Annual vaccination report of Bihar and Orissa - 1911-1928
Year: 1911
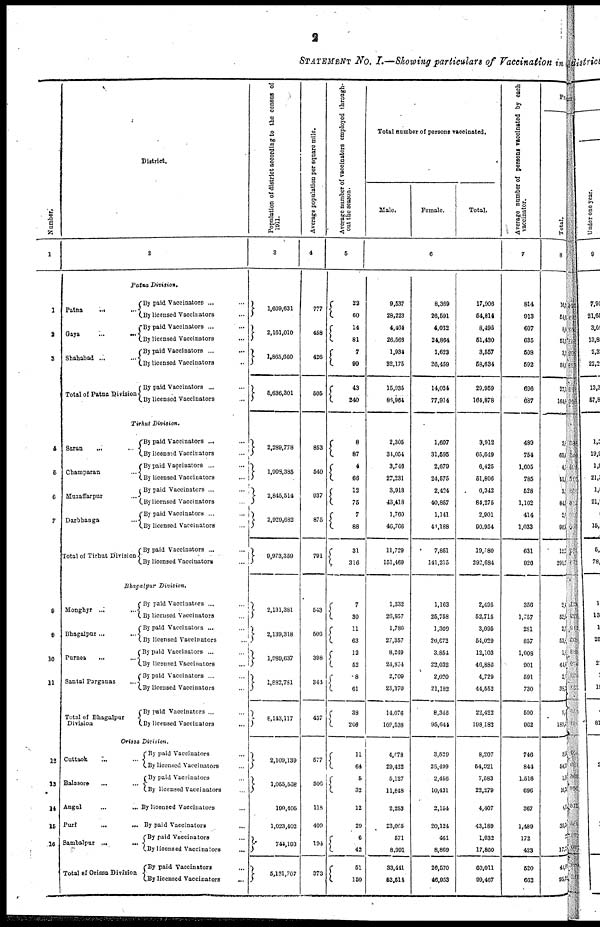
2
STATEMENT No. I.—Showing particulars of Vaccination in
Number.
1
1
2
3
4
5
6
7
8
9
10
11
12
13
14
15
16
District.
2
Patna Division.
Patna
...
...
Gaya
...
...
Shahabad ...
...
Total of Patna Division
By paid Vaccinators ...
By licensed Vaccinators ...
By paid Vaccinators ...
By licensed Vaccinators ...
By paid Vaccinators ... ...
By licensed Vaccinators ...
By paid Vaccinators ... ...
By licensed Vaccinators ...
Tirhut Division.
Saran
... ...
Champaran
...
Muzaffarpur ...
Darbhanga ...
Total of Tirhut Division
By paid Vaccinators ... ...
By licensed Vaccinators ...
By paid Vaccinators ... ...
By licensed Vaccinators ...
By paid Vaccinators ... ...
By licensed Vaccinators ...
By paid Vaccinators ... ...
By licensed Vaccinators ...
By paid Vaccinators ... ...
By licensed Vaccinators ...
Bhagalpur Division.
Monghyr ...
...
Bhagalpur ... ...
Purnea
... ...
Santal Parganas ...
Total of Bhagalpur
Division
By paid Vaccinators ...
By licensed Vaccinators ...
By paid Vaccinators ... ...
By licensed Vaccinators ...
By paid Vaccinators ... ...
By licensed Vaccinators ...
By paid Vaccinators ... ...
By licensed Vaccinators ...
By paid Vaccinators ... ...
By licensed Vaccinators ...
Orissa Division.
Cuttack ... ...
Balasore ... ...
Angul
...
...
Puri ... ...
Sambalpur ... ...
Total of Orissa Division
By paid Vaccinators ...
By licensed Vaccinators ...
By paid Vaccinators ...
By licensed Vaccinators ...
By licensed Vaccinators ...
By paid Vaccinators
...
By paid Vaccinators ...
By licensed Vaccinators ...
By paid Vaccinators ...
By licensed Vaccinators
...
Population of district according to the census of
1911.
3
1,609,631
2,161,010
1,865,660
5,636,301
2,289,778
1,908,385
2,845,514
2,929,682
9,973,359
2,131,381
2,139,318
1,989,637
1,882,781
8,143,117
2,109,139
1,055,568
100,405
1,023,402
744,193
5,131,707
Average population per square mile.
4
777
458
426
505
853
540
937
875
791
543
506
398
344
437
577
506
118
409
194
373
Average number of vaccinators employed through-
out the season.
5
22
60
14
81
7
99
43
240
8
87
4
66
12
75
7
88
31
316
7
30
11
63
12
52
8
61
38
206
11
64
5
32
12
29
6
42
51
150
Total number of persons vaccinated.
Male.
Female.
Total.
6
9,537
28,223
4,464
26,566
1,934
32,175
15,935
66,964
2,305
34,054
3,746
27,231
3,918
43,418
1,760
46,706
11,729
151,469
1,332
26,957
1,786
27,357
8,249
24,854
2,709
23,370
14,076
102,538
4,078
29,422
5,127
11,848
2,253
23,065
571
8,991
33,411
52,514
8,369
26,591
4,032
24,864
1,623
26,459
14,024
77,914
1,607
31,595
2,679
24,575
2,424
40,857
1,141
41,188
7,851
141,215
1,163
25,758
1,309
26,672
3,854
22,032
2,020
21,182
8,346
95,644
3,529
25,499
2,456
10,431
2,154
20,124
461
8,869
26,570
46,953
17,906
54,814
8,496
51,430
3,557
58,634
29,959
164,878
3,912
65,649
6,425
51,806
6,342
84,275
2,901
90,954
19,580
292,684
2,495
52,715
3,095
54,029
12,103
46,886
4,729
44,552
22,422
198,182
8,207
54,921
7,583
22,279
4,407
43,189
1,032
17,860
60,011
99,467
Average number of persons vaccinated by each
vaccinator.
7
814
913
607
635
508
592
696
687
489
754
1,605
785
528
1,102
414
1,033
631
926
356
1,757
281
857
1,008
901
591
730
590
962
746
844
1,516
696
367
1,489
172
423
520
662
Pri
Total.
8
16,1
54, 6
8,0
51,3
3,3
58, 6
27, 2
164,5
2,8
65, 4
4,1
51, 0
3, 2
84,7
2,0
90,5
12,1
291,2
2,4
52,6
2,5
53, 8
1,8
44,4
2,5
38,2
9,1
189,4
3,5
54,15
1, 88
19,3
4,15
39,34
72
17,73
44, 8
95,2